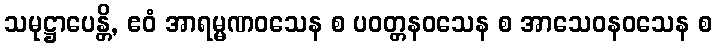
သမုဋ္ဌာပေန္တိ, ဧဝံ အာရမ္မဏဝသေန စ ပဝတ္တနဝသေန စ အာသေဝနဝသေန စ